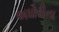
અઘોરીના